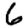
Digit: 6